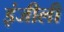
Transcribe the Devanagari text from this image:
इंजीली